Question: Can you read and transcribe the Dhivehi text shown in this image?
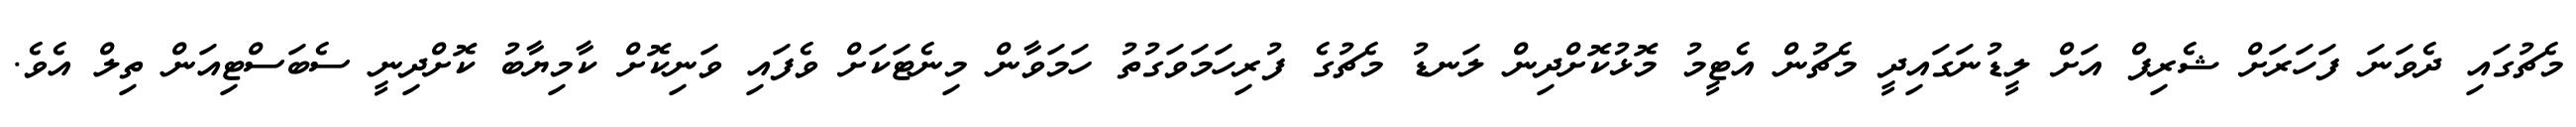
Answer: މެޗުގައި ދެވަނަ ފަހަރަށް ޝެރިފް އަށް ލީޑުނަގައިދީ މެޗުން އެޓީމު މޮޅުކޮށްދިން ލަނޑު މެޗުގެ ފުރިހަމަވަގުތު ހަމަވާން މިނެޓަކަށް ވެފައި ވަނިކޮށް ކާމިޔާބު ކޮށްދިނީ ސެބަސްޓިއަން ތިލް އެވެ.